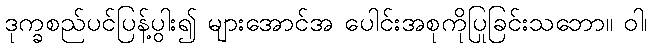
ဒုက္ခစည်ပင်ပြန့်ပွါး၍ များအောင်အ ပေါင်းအစုကိုပြုခြင်းသဘော။ ဝါ၊